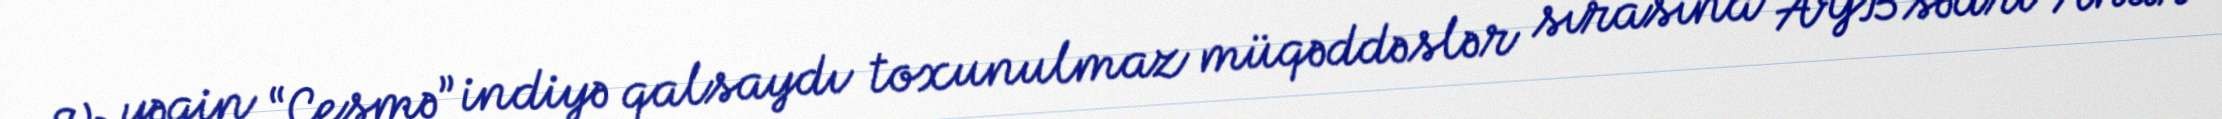
Və yəqin “Çeşmə” indiyə qalsaydı toxunulmaz müqəddəslər sırasına AYB sədri Anar